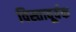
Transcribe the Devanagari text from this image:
विस्तावूर्वक